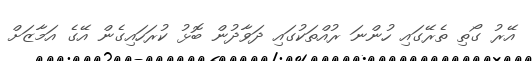
އޭރު ގޯތި ތެރޭގައި ހުންނަ ރުއްތަކުގައި ދަވާދުން ބޮޅު ކުރަހައިގެން އޭގެ އަމާޒަށް